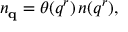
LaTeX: n _ { { \bf q } } = \theta ( q ^ { r } ) \, n ( q ^ { r } ) ,